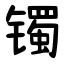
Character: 镯